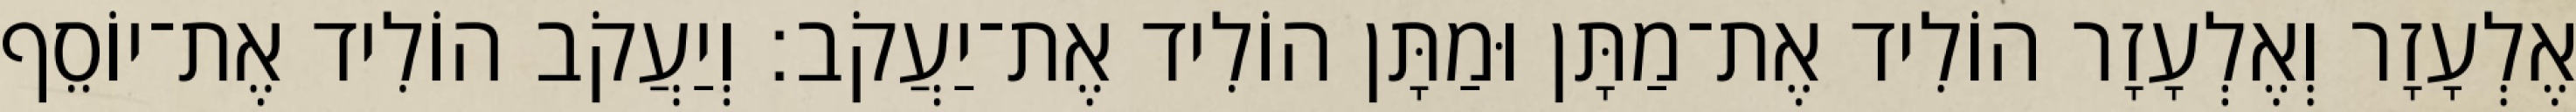
אֶלְעָזָר וְאֶלְעָזָר הוֹלִיד אֶת־מַתָּן וּמַתָּן הוֹלִיד אֶת־יַעֲקֹב׃ וְיַעֲקֹב הוֹלִיד אֶת־יוֹסֵף